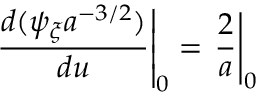
\left. \frac { d ( \psi _ { \xi } a ^ { - 3 / 2 } ) } { d u } \right| _ { 0 } = \left. \frac { 2 } { a } \right| _ { 0 }